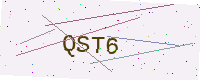
Text: QST6